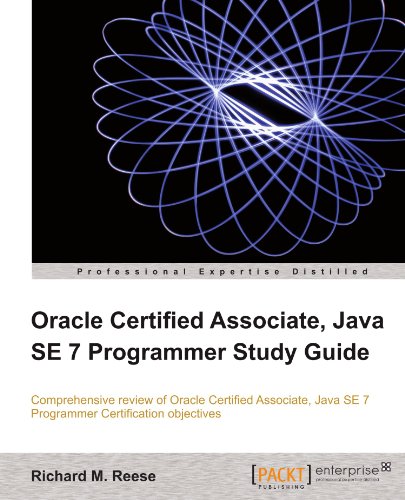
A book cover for Oracle Certified Associate, Java SE 7 Programmer Study Guide; M. Reese Richard; Computers & Technology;